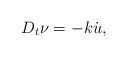
LaTeX: \begin{align*}D_t\nu=-k\dot{u},\end{align*}